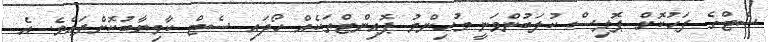
ސެޓްގެ ފަހުކޮށް ޕޮލިސް ކުލަބުންވަނީ މުހިންމު ޕޮއިންޓްތަކެއް ހޯދައި ސެޓް ކާމިޔާބުކޮށްފައެވެ. އެ